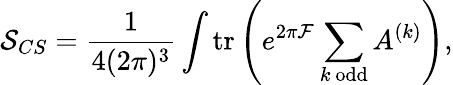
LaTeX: {\cal S}_{CS}=\frac{1}{4(2\pi)^{3}}\int\mathrm{tr}\left(e^{2\pi{\cal F}}\sum_{k~\mathrm{odd}}A^{(k)}\right),